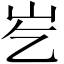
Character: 𪨣